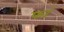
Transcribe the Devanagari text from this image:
फां